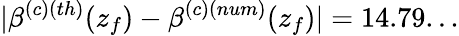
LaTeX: |\beta^{(c)(th)}(z_{f})-\beta^{(c)(num)}(z_{f})|=14.79...